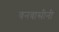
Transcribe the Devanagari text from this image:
वनवासीनी